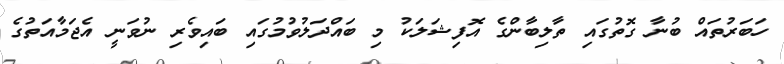
ހަބަރުތައް ބުނާ ގޮތުގައި ތާލިބާންގެ އޮފިޝަލަކު މި ބައްދަލުވުމުގައި ބައިވެރި ނުވަނީ އެޖަމާއަތުގެ